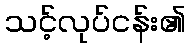
သင့်လုပ်ငန်း၏